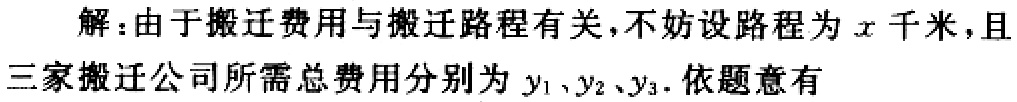
解：由于搬迁费用与搬迁路程有关，不妨设路程为\(x\)千米，且三家搬迁公司所需总费用分别为\(y_1、y_2、y_3\). 依题意有